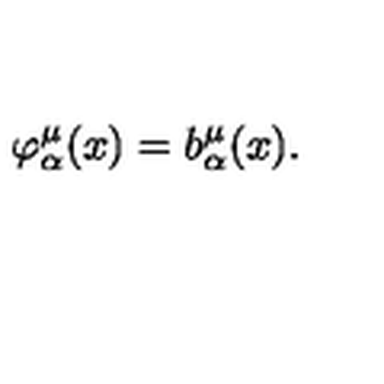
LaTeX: \varphi _ { \alpha } ^ { \mu } ( x ) = b _ { \alpha } ^ { \mu } ( x ) .